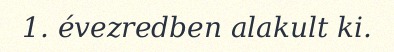
1. évezredben alakult ki.